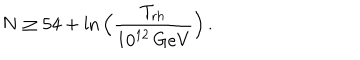
N \geq 5 4 + \ln \Big ( { \frac { T _ { \mathrm { r h } } } { 1 0 ^ { 1 2 } \, \mathrm { G e V } } } \Big ) \, .